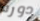
دوره